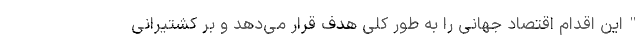
"این اقدام اقتصاد جهانی را به طور کلی هدف قرار می‌دهد و بر کشتیرانی